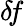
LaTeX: \delta\! f